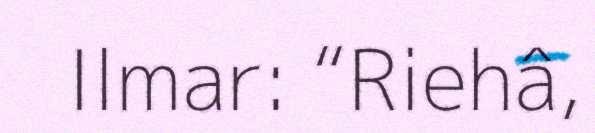
Ilmar: “Riehâ,